Investigations on Bengal jail dietaries - Number 37
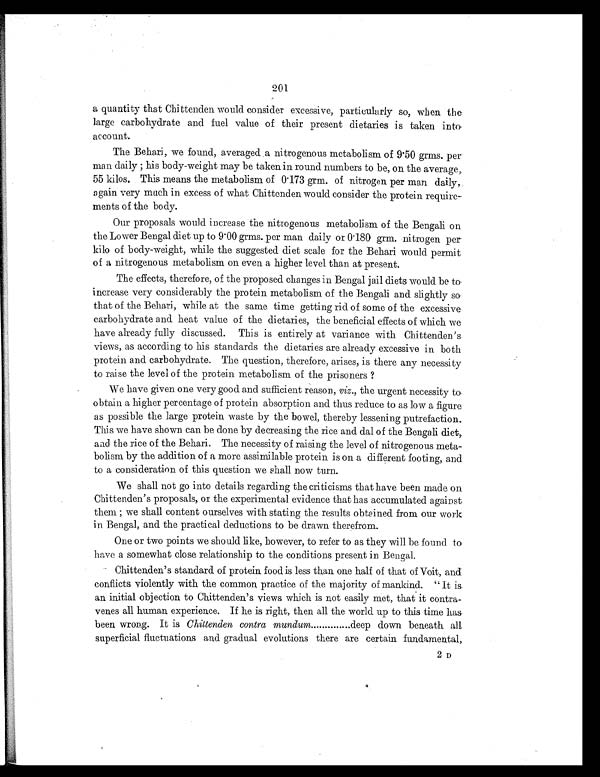
201
a quantity that Chittenden would consider excessive, particularly so, when the
large carbohydrate and fuel value of their present dietaries is taken into,
account.
The Behari, we found, averaged .a nitrogenous metabolism of 9.50 grms. per
man daily ; his body-weight may be taken in round numbers to be, on the average,
55 kilos. This means the metabolism of 0.173 grm. of nitrogen per man daily,
again very much in excess of what Chittenden would consider the protein require-
ments of the body.
Our proposals would increase the nitrogenous metabolism of the Bengali on
the Lower Bengal diet up to 9.00 gems. per man daily or 0.180 grm. nitrogen per-
kilo of body-weight, while the suggested diet scale for the Behari would permit
of a nitrogenous metabolism on even a higher level than at present.
The effects, therefore, of the proposed changes in Bengal jail diets would be to.
increase very considerably the protein metabolism of the Bengali and slightly so
that of the Behari, while at the same time getting rid of some of the excessive
carbohydrate and heat value of the dietaries, the beneficial effects of which we
have already fully discussed. This is entirely at variance with Chittenden's
views, as according to his standards the dietaries are already excessive in both
protein and carbohydrate. The question, therefore, arises, is there any necessity
to raise the level of the protein metabolism of the prisoners ?
We have given one very good and sufficient reason, viz., the urgent necessity to.
obtain a higher percentage of protein absorption and thus reduce to as low a figure
as possible the large protein waste by the bowel, thereby lessening putrefaction.
This we have shown can be done by decreasing the rice and dal of the Bengali diet,
and the rice of the Behari. The necessity of raising the level of nitrogenous meta-
bolism by the addition of a more assimilable protein is on a different footing, and
to a consideration of this question we shall now turn.
We shall not go into details regarding the criticisms that have been made on
Chittenden's proposals, or the experimental evidence that has accumulated against
them ; we shall content ourselves with stating the results obtained from our work
in Bengal, and the practical deductions to be drawn therefrom.
One or two points we should like, however, to refer to as they will be found to
have a somewhat close relationship to the conditions present in Bengal.
Chittenden's standard of protein food is less than one half of that of Voit, and
conflicts violently with the common practice of the majority of mankind. " It is.
an initial objection to Chittenden's views which is not easily met, that it contra-
venes all human experience. If he is right, then all the world up to this time has.
been wrong. It is Chittenden contra mundum
deep down beneath all
superficial fluctuations and gradual evolutions there are certain fundamental, 2 D
2n